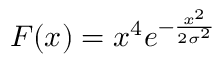
F ( x ) = x ^ { 4 } e ^ { - \frac { x ^ { 2 } } { 2 \sigma ^ { 2 } } }